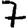
Digit: 7